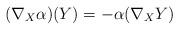
LaTeX: \begin{align*} (\nabla_X \alpha)(Y) = - \alpha(\nabla_X Y)\end{align*}